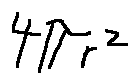
4 \pi r ^ { 2 }